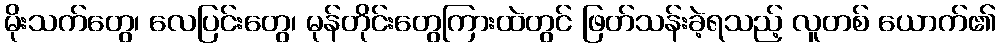
မိုးသက်တွေ၊ လေပြင်းတွေ၊ မုန်တိုင်းတွေကြားထဲတွင် ဖြတ်သန်းခဲ့ရသည့် လူတစ် ယောက်၏